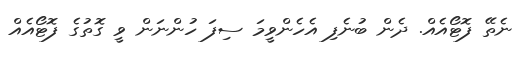
ނެތޭ ފޮޓޯއެއް. ދެން ބުނެފި އެހެންވީމަ ސިފަ ހުންނަން ވީ ގޮތުގެ ފޮޓޯއެއް